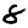
Digit: 8